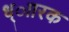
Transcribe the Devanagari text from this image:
ध्ाारक